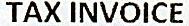
TAX INVOICE